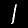
Label: 1